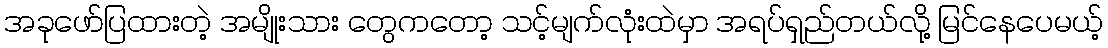
အခုဖော်ပြထားတဲ့ အမျိုးသား တွေကတော့ သင့်မျက်လုံးထဲမှာ အရပ်ရှည်တယ်လို့ မြင်နေပေမယ့်